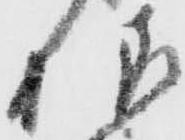
様